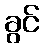
ခွင်